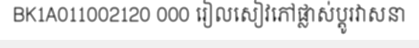
BK1A011002120 000 រៀលសៀវភៅផ្លាស់ប្តូរវាសនា